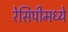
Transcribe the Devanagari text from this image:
रेसिपीमध्ये